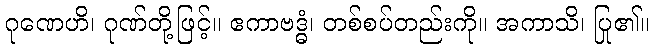
ဂုဏေဟိ၊ ဂုဏ်တို့ဖြင့်။ ဧကာဗဒ္ဓံ၊ တစ်စပ်တည်းကို။ အကာသိ၊ ပြု၏။